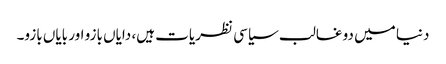
دنیا میں دو غالب سیاسی نظریات ہیں، دایاں بازو اور بایاں بازو۔